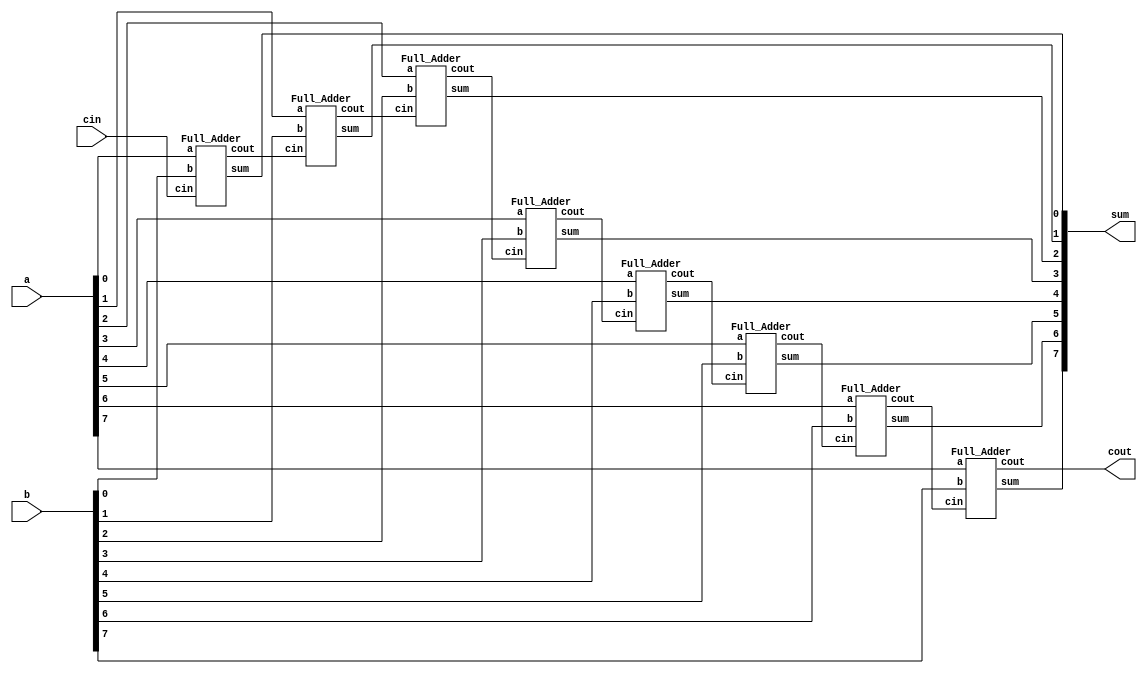
`timescale 1ns/1ps

module Ripple_Carry_Adder(a, b, cin, cout, sum);
    input [8-1:0] a, b;
    input cin;
    output cout;
    output [8-1:0] sum;
    wire cin1, cin2, cin3, cin4, cin5, cin6, cin7;
    
    Full_Adder adder_0(a[0], b[0], cin, cin1, sum[0]);
    Full_Adder adder_1(a[1], b[1], cin1, cin2, sum[1]);
    Full_Adder adder_2(a[2], b[2], cin2, cin3, sum[2]);
    Full_Adder adder_3(a[3], b[3], cin3, cin4, sum[3]);
    Full_Adder adder_4(a[4], b[4], cin4, cin5, sum[4]);
    Full_Adder adder_5(a[5], b[5], cin5, cin6, sum[5]);
    Full_Adder adder_6(a[6], b[6], cin6, cin7, sum[6]);
    Full_Adder adder_7(a[7], b[7], cin7, cout, sum[7]);
endmodule

module Half_Adder(a, b, cout, sum);
    input a, b;
    output cout, sum;
    
    nand_xor xor_1(sum, a, b);
    nand_and and_1(cout, a, b);
endmodule

module Full_Adder (a, b, cin, cout, sum);
    input a, b, cin;
    output cout, sum;
    wire majo1, majo2, ncin, nmajo1;
    
    Majority majo_1(a, b, cin, cout);
    nand_not not_1(ncin, cin);
    Majority majo_2(a, b, ncin, majo2);
    nand_not not_2(nmajo1, cout);
    Majority majo_3(nmajo1, cin, majo2, sum);
    
    
endmodule

module Majority(a, b, c, out);
    input a, b, c;
    output out;
    wire and1, and2, and3, or1;
    
    nand_and and_1(and1, a, b);
    nand_and and_2(and2, a, c);
    nand_and and_3(and3, b, c);
    nand_or or_1(or1, and1, and2);
    nand_or or_2(out, or1, and3);
endmodule

module nand_and (out, a, b);
    input a, b;
    output out;
    wire nand1;
    
    nand nand_1(nand1, a, b);
    nand nand_2(out, nand1, nand1);
    
endmodule

module nand_or (out, a, b);
    input a, b;
    output out;
    wire nanda, nandb;
    
    nand nand_a(nanda, a, a);
    nand nand_b(nandb, b, b);
    nand nand_out(out, nanda, nandb);
    
endmodule

module nand_nor (out, a, b);
    input a, b;
    output out;
    wire nanda, nandb, nand1;
    
    nand nand_a(nanda, a, a);
    nand nand_b(nandb, b, b);
    nand nand_1(nand1, nanda, nandb);
    nand nand_2(out, nand1, nand1);
    

endmodule

module nand_xor (out, a, b);
    input a, b;
    output out;
    wire nand1, nand2, nand3;
    nand nand_1(nand1, a, b);
    nand nand_2(nand2, nand1, a);
    nand nand_3(nand3, nand1, b);
    nand nand_4(out, nand2, nand3);

endmodule

module nand_xnor (out, a, b);
    input a, b;
    output out;
    wire nand1, nanda, nandb, nand2;
    
    nand nand_1(nand1, a, b);
    nand nand_a(nanda, a, a);
    nand nand_b(nandb, b, b);
    nand nand_2(nand2, nanda, nandb);
    nand nand_3(out, nand1, nand2);
    
endmodule

module nand_not (out, a);
    input a;
    output out;
    
    nand nand_1(out, a, a);
    
endmodule